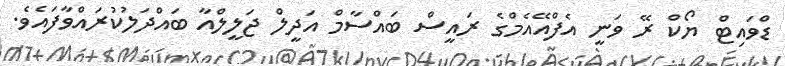
ޑްވައިޓް ޔޯކް ރޭ ވަނީ އެފްއޭއެމްގެ ރައީސް ބައްސާމް އަދީލް ޖަލީލްއާ ބައްދަލުކުރައްވާފައެވެ.